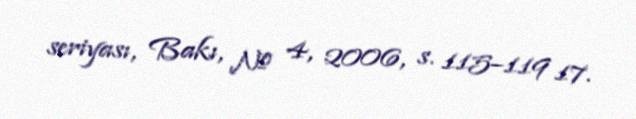
seriyası, Bakı, № 4, 2006, s. 115–119 17.